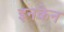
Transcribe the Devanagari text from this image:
इनकेन